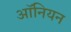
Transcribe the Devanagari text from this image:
ऑनियन